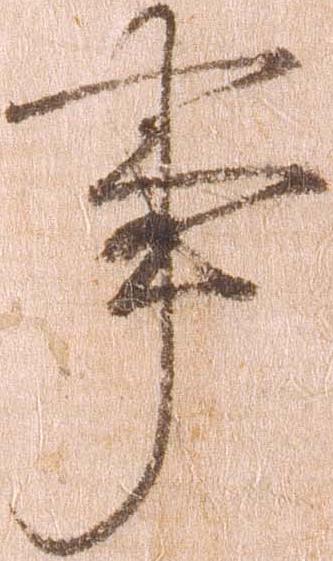
事